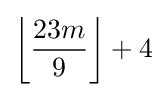
\left\lfloor {\frac {23m}{9}}\right\rfloor +4